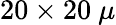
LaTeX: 20\times 20~\mu